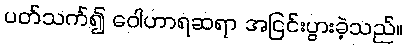
ပတ်သက်၍ ဝေါဟာရဆရာ အငြင်းပွားခဲ့သည်။